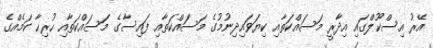
އޭރު އިސްކޫލްގައި އިދާރީ މަސައްކަތާއި ކިޔަވައިދިނުމުގެ މަސައްކަތާއި ފައިސާގެ މަސައްކަތާއި ހުރިހާ ކަމެއްގެ